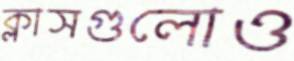
ক্লাসগুলোও